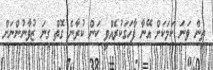
ތިން ވަނަ ކަމަކަށް އޭނާ ފާހަގަކުރެއްވީ ކަން ކުރާނެ ގޮތް ގިނަ ޒުވާނުންނަށް